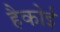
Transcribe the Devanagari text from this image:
हैकोई